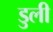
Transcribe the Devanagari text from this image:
डुली